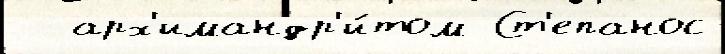
  арх'имандр'и́том Ст'епанос